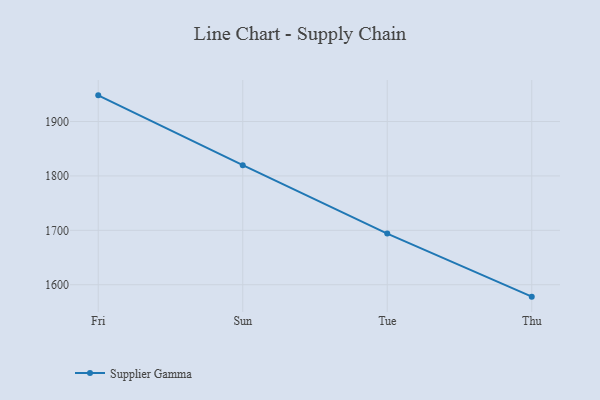
{"axis": {"x": "Day", "y": "Latency (ms)"}, "legend": ["Supplier Gamma"], "data": [{"x": "Fri", "y": 1948.1, "type": "Supplier Gamma"}, {"x": "Sun", "y": 1819.8, "type": "Supplier Gamma"}, {"x": "Tue", "y": 1694.0, "type": "Supplier Gamma"}, {"x": "Thu", "y": 1578.1, "type": "Supplier Gamma"}]}